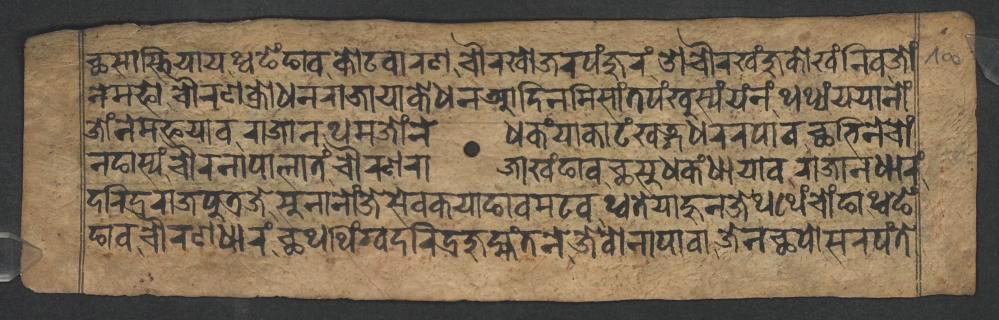
𑐕𑐳𑐵𑐳𑑂𑐟𑐶𑐫𑐵𑐫𑐠𑑂𑐰𑐒𑐾𑑄𑐒𑐵𑐰𑐎𑑀𑐚𑐰𑐵𑐬𑐞𑐔𑑁𑐬𑐏𑑀𑐖𑐬𑐥𑑄𑐖𑐸𑐬𑑄𑐌𑐔𑑁𑐬𑐏𑑄𑐖𑐸𑐎𑑀𑐏𑑄𑐣𑐶𑐰𑐖𑑀𑑄 𑐣𑐾𑐩𑐦𑑀𑐔𑑁𑐬𑐞𑐎𑑂𑐬𑑀𑐢𑐣𑐬𑐵𑐖𑐵𑐫𑐵𑐎𑐾𑐢𑐣𑐁𑐡𑐶𑐣𑐩𑐶𑐳𑐵𑑄𑐟𑐥𑑄𑐏𑐸𑐳𑑂𑐫𑑄𑐫𑑄𑐣𑑄𑐠𑐠𑑂𑐫𑑄𑐫𑐫𑐵𑐣𑑀𑑄 𑐖𑑀𑑄𑐣𑐾𑐩𑐦𑐫𑐵𑐰𑐬𑐵𑐖𑐵𑐣𑐠𑐩𑐖𑑀𑑄𑐣𑐾𑐢𑐎𑑄𑐫𑐵𑐎𑐵𑐚𑑄𑐏𑐜𑑂𑐐𑐢𑐬𑐬𑐥𑐵𑐰𑐕𑐨𑐶𑐣𑐾𑐔𑑀𑑄 𑐣𑐒𑐵𑐳𑑂𑐫𑑄𑐔𑑁𑐬𑐣𑐵𑐥𑐵𑐮𑐵𑐟𑑄𑐔𑑁𑐬𑐞𑐬𑐵𑐖𑐵𑐏𑑄𑐒𑐵𑐰𑐕𑐳𑐸𑐢𑐎𑑄𑐢𑐵𑐫𑐵𑐰𑐬𑐵𑐖𑐵𑐣𑐢𑐵𑐬𑑄 𑐡𑐬𑐶𑐡𑑂𑐬𑐬𑐵𑐖𑐥𑐸𑐟𑑂𑐬𑐖𑐾𑐳𑐸𑐣𑐵𑐣𑑀𑑄𑐖𑐾𑐳𑐾𑐰𑐎𑐫𑐵𑐒𑐵𑐰𑐩𑐚𑐰𑐠𑑂𑐰𑐟𑐾𑐫𑐵𑐴𑐸𑐣𑐖𑐾𑐠𑐠𑐾𑑄𑐔𑑀𑑄𑐒𑐵𑐠𑑂𑐰𑐒𑐾𑑄 𑐒𑐵𑐰𑐔𑑁𑐬𑐞𑐢𑐵𑐬𑑄𑐕𑐠𑐠𑐶𑑄𑐐𑑂𑐰𑐡𑐬𑐶𑐡𑑂𑐬𑐖𑐸𑐩𑑂𑐴𑑄𑐟𑐣𑐾𑐖𑐾𑐰𑑀𑐣𑐵𑐥𑐵𑐰𑐵𑐖𑐾𑐣𑐕𑐥𑑀𑐳𑐬𑐥𑑄𑐟𑐾